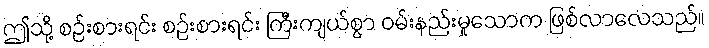
ဤသို့ စဉ်းစားရင်း စဉ်းစားရင်း ကြီးကျယ်စွာ ဝမ်းနည်းမှုသောက ဖြစ်လာလေသည်။